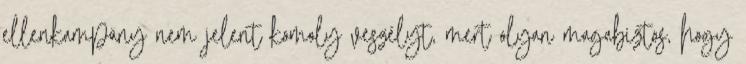
ellenkampány nem jelent komoly veszélyt, mert olyan magabiztos, hogy